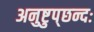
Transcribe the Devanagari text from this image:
अनुष्टुप्‌छन्दः